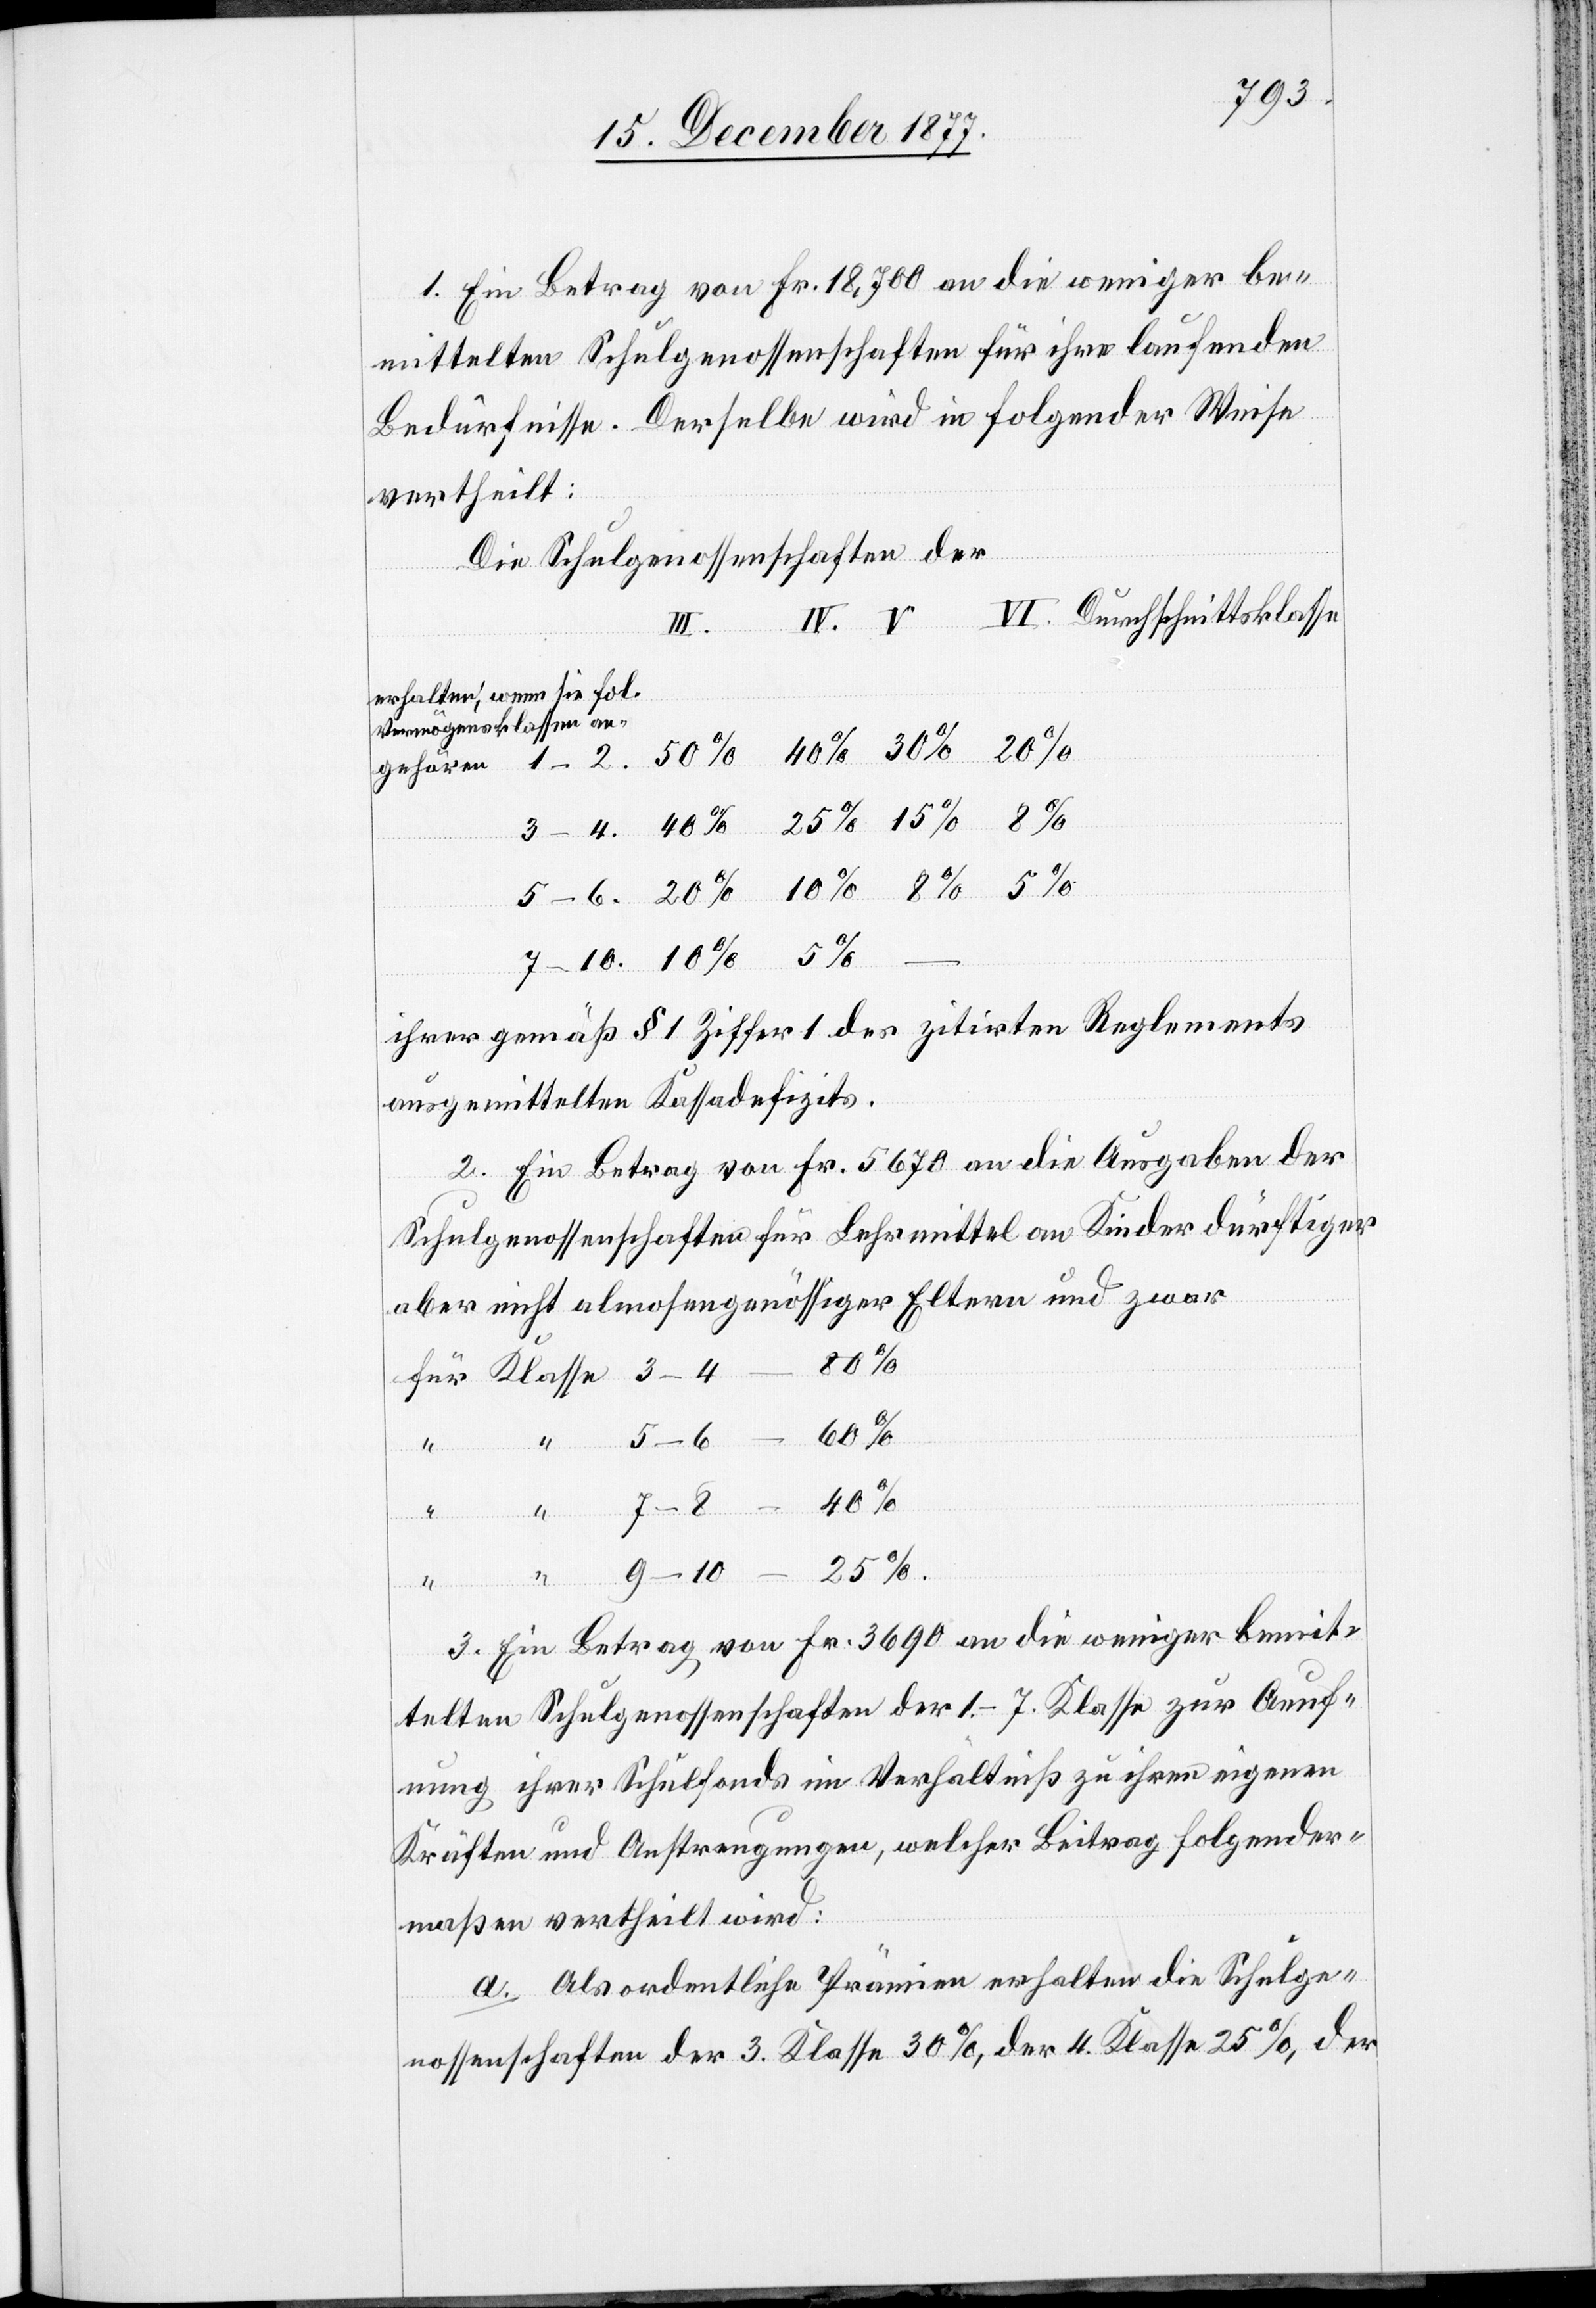
7–10.
1. Ein Betrag von Fr. 18,700 an die weniger be¬
mittelten Schulgenossenschaften für ihre laufenden
Bedürfnisse. Derselbe wird in folgender Weise
vertheilt:
Die Schulgenossenschaften der
Klasse
erhalten, wenn sie fol.
Vermögensklassen an¬
ihrer gemäß § 1 Ziffer 1 des zitirten Reglements
ausgemittelten Kassadefizits.
2. Ein Betrag von Fr. 5670 an die Ausgaben der
Schulgenossenschaften für Lehrmittel an Kinder dürftiger
aber nicht almosengenössiger Eltern und zwar
25%.
–
1–2.
3. Ein Betrag von Fr. 3690 an die weniger bemit¬
telten Schulgenossenschaften der 1.–7. Klasse zur Aeuf¬
nung ihrer Schulfonds im Verhältniß zu ihren eigenen
Kräften und Anstrengungen, welcher Beitrag folgender¬
maßen vertheilt wird:
a. Als ordentliche Prämien erhalten die Schulge¬
nossenschaften der 3. Klasse 30%, der 4. Klasse 25%, der